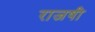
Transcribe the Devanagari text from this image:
राजषी